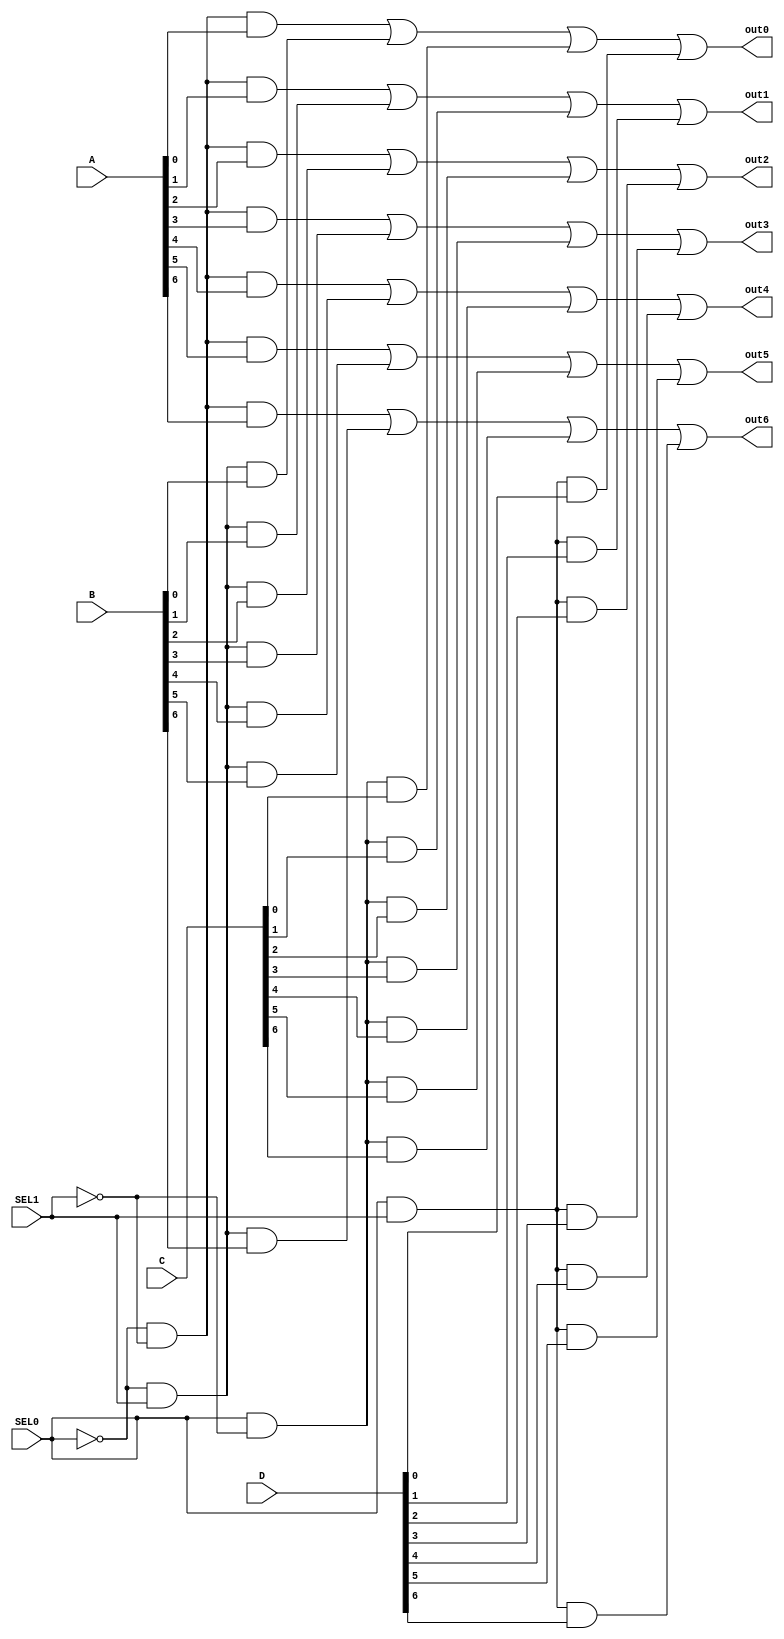
module mux4_1(A, B, C, D, SEL0, SEL1, out0, out1, out2, out3, out4, out5, out6);
	input [6:0] A, B, C, D;
	input SEL0, SEL1;
	output out0, out1, out2, out3, out4, out5, out6;
	
	wire SEL0_not, SEL1_not;
	
	not (SEL0_not, SEL0);
	not (SEL1_not, SEL1);
	
	//SAIDA S0 DO MUX
	and And0 (T0, SEL0_not, SEL1_not, A[0]);
	and And1 (T1, SEL0_not, SEL1, B[0]);
	and And2 (T2, SEL0, SEL1_not, C[0]);
	and And3 (T3, SEL0, SEL1, D[0]);
	
	//SAIDA S1 DO MUX
	and And4 (T4, SEL0_not, SEL1_not, A[1]);
	and And5 (T5, SEL0_not, SEL1, B[1]);
	and And6 (T6, SEL0, SEL1_not, C[1]);
	and And7 (T7, SEL0, SEL1, D[1]);
	
	//SAIDA S2 DO MUX
	and And8 (T8, SEL0_not, SEL1_not, A[2]);
	and And9 (T9, SEL0_not, SEL1, B[2]);
	and And10 (T10, SEL0, SEL1_not, C[2]);
	and And11 (T11, SEL0, SEL1, D[2]);
	
	//SAIDA S3 DO MUX
	and And12 (T12, SEL0_not, SEL1_not, A[3]);
	and And13 (T13, SEL0_not, SEL1, B[3]);
	and And14 (T14, SEL0, SEL1_not, C[3]);
	and And15 (T15, SEL0, SEL1, D[3]);
	
	//SAIDA S4 DO MUX
	and And16 (T16, SEL0_not, SEL1_not, A[4]);
	and And17 (T17, SEL0_not, SEL1, B[4]);
	and And18 (T18, SEL0, SEL1_not, C[4]);
	and And19 (T19, SEL0, SEL1, D[4]);
	
	//SAIDA S5 DO MUX
	and And20 (T20, SEL0_not, SEL1_not, A[5]);
	and And21 (T21, SEL0_not, SEL1, B[5]);
	and And22 (T22, SEL0, SEL1_not, C[5]);
	and And23 (T23, SEL0, SEL1, D[5]);
	
	//SAIDA S6 DO MUX
	and And24 (T24, SEL0_not, SEL1_not, A[6]);
	and And25 (T25, SEL0_not, SEL1, B[6]);
	and And26 (T26, SEL0, SEL1_not, C[6]);
	and And27 (T27, SEL0, SEL1, D[6]);
	
	or Or0 (out0, T0, T1, T2, T3);
	or Or1 (out1, T4, T5, T6, T7);
	or Or2 (out2, T8, T9, T10, T11);
	or Or3 (out3, T12, T13, T14, T15);
	or Or4 (out4, T16, T17, T18, T19);
	or Or5 (out5, T20, T21, T22, T23);
	or Or6 (out6, T24, T25, T26, T27);
	

endmodule